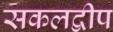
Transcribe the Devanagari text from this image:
सकलद्वीप